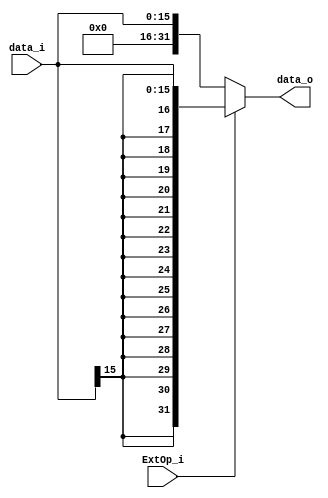
module Signed_Extend(
    data_i,
	ExtOp_i,
    data_o
);

input	[15:0]	data_i;
input			ExtOp_i;
output 	[31:0]	data_o;

reg 	[31:0]	data_o;

always@(data_i or ExtOp_i) begin
	if(ExtOp_i)
		data_o = {{16{data_i[15]}}, data_i};
	else
		data_o = {16'b0, data_i};
end

endmodule